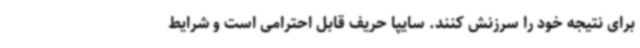
برای نتیجه خود را سرزنش کنند. سایپا حریف قابل احترامی است و شرایط